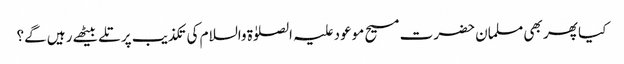
کیا پھر بھی مسلمان حضرت مسیح موعود علیہ الصلوٰۃ والسلام کی تکذیب پر تلے بیٹھے رہیں گے؟